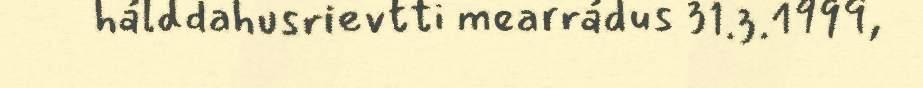
hálddahusrievtti mearrádus 31.3.1999,